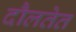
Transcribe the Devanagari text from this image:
दौलतेत